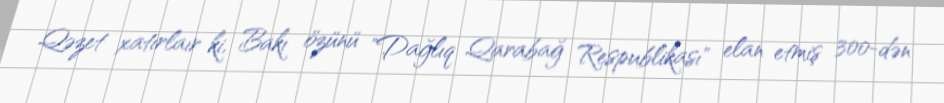
Qəzet xatırlaır ki, Bakı özünü "Dağlıq Qarabağ Respublikası" elan etmiş 300-dən